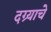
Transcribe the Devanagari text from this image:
दग्र्याचे